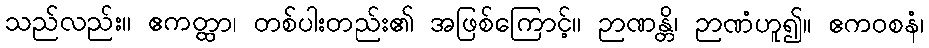
သည်လည်း။ ဧကတ္ထာ၊ တစ်ပါးတည်း၏ အဖြစ်ကြောင့်။ ဉာဏန္တိ၊ ဉာဏံဟူ၍။ ဧကဝစနံ၊